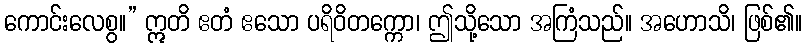
ကောင်းလေစွ။” ဣတိ ဧတံ ဧသော ပရိဝိတက္ကော၊ ဤသို့သော အကြံသည်။ အဟောသိ၊ ဖြစ်၏။